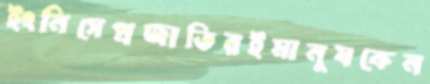
ইংনিসেপ্রজাতিরইমানুষকেন